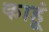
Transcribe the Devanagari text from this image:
काहूं